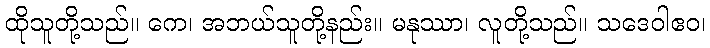
ထိုသူတို့သည်။ ကေ၊ အဘယ်သူတို့နည်း။ မနုဿာ၊ လူတို့သည်။ သဒေဝါဧဝ၊